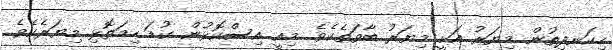
ހިކަނދިތުން މިޔަރު އަކީ މިޔަރު ބާވަތެކެވެ. މިއީ އިސްކޮޅުން ކުޑަ ހިމަތޮޅި މިޔަރެކެވެ.